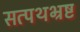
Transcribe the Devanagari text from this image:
सत्पथभ्रष्ट